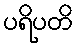
ပရိပတိ